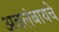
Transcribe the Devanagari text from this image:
अवलंबायचे